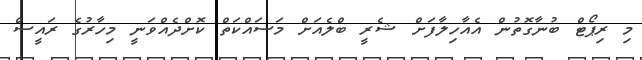
މި ރިޕޯޓް ބުނާގޮތުން އެއާހިލާފަށް ޝެރީ ބްލެއަށް މަސައްކަތް ކޮށްދެއްވަނީ މިހާރުގެ ރައީސް